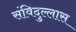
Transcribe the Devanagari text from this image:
संविदुल्लास